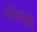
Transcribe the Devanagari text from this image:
ग्वेज़ा